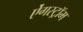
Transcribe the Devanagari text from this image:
ऐंगस्ट्रॉम